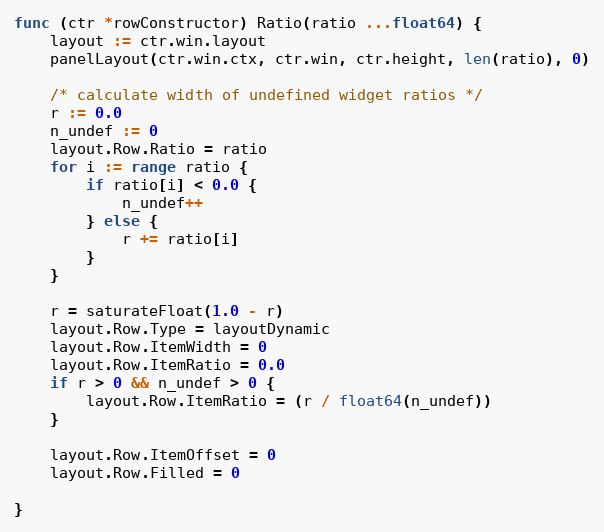
Language: Go
func (ctr *rowConstructor) Ratio(ratio ...float64) {
	layout := ctr.win.layout
	panelLayout(ctr.win.ctx, ctr.win, ctr.height, len(ratio), 0)

	/* calculate width of undefined widget ratios */
	r := 0.0
	n_undef := 0
	layout.Row.Ratio = ratio
	for i := range ratio {
		if ratio[i] < 0.0 {
			n_undef++
		} else {
			r += ratio[i]
		}
	}

	r = saturateFloat(1.0 - r)
	layout.Row.Type = layoutDynamic
	layout.Row.ItemWidth = 0
	layout.Row.ItemRatio = 0.0
	if r > 0 && n_undef > 0 {
		layout.Row.ItemRatio = (r / float64(n_undef))
	}

	layout.Row.ItemOffset = 0
	layout.Row.Filled = 0

}